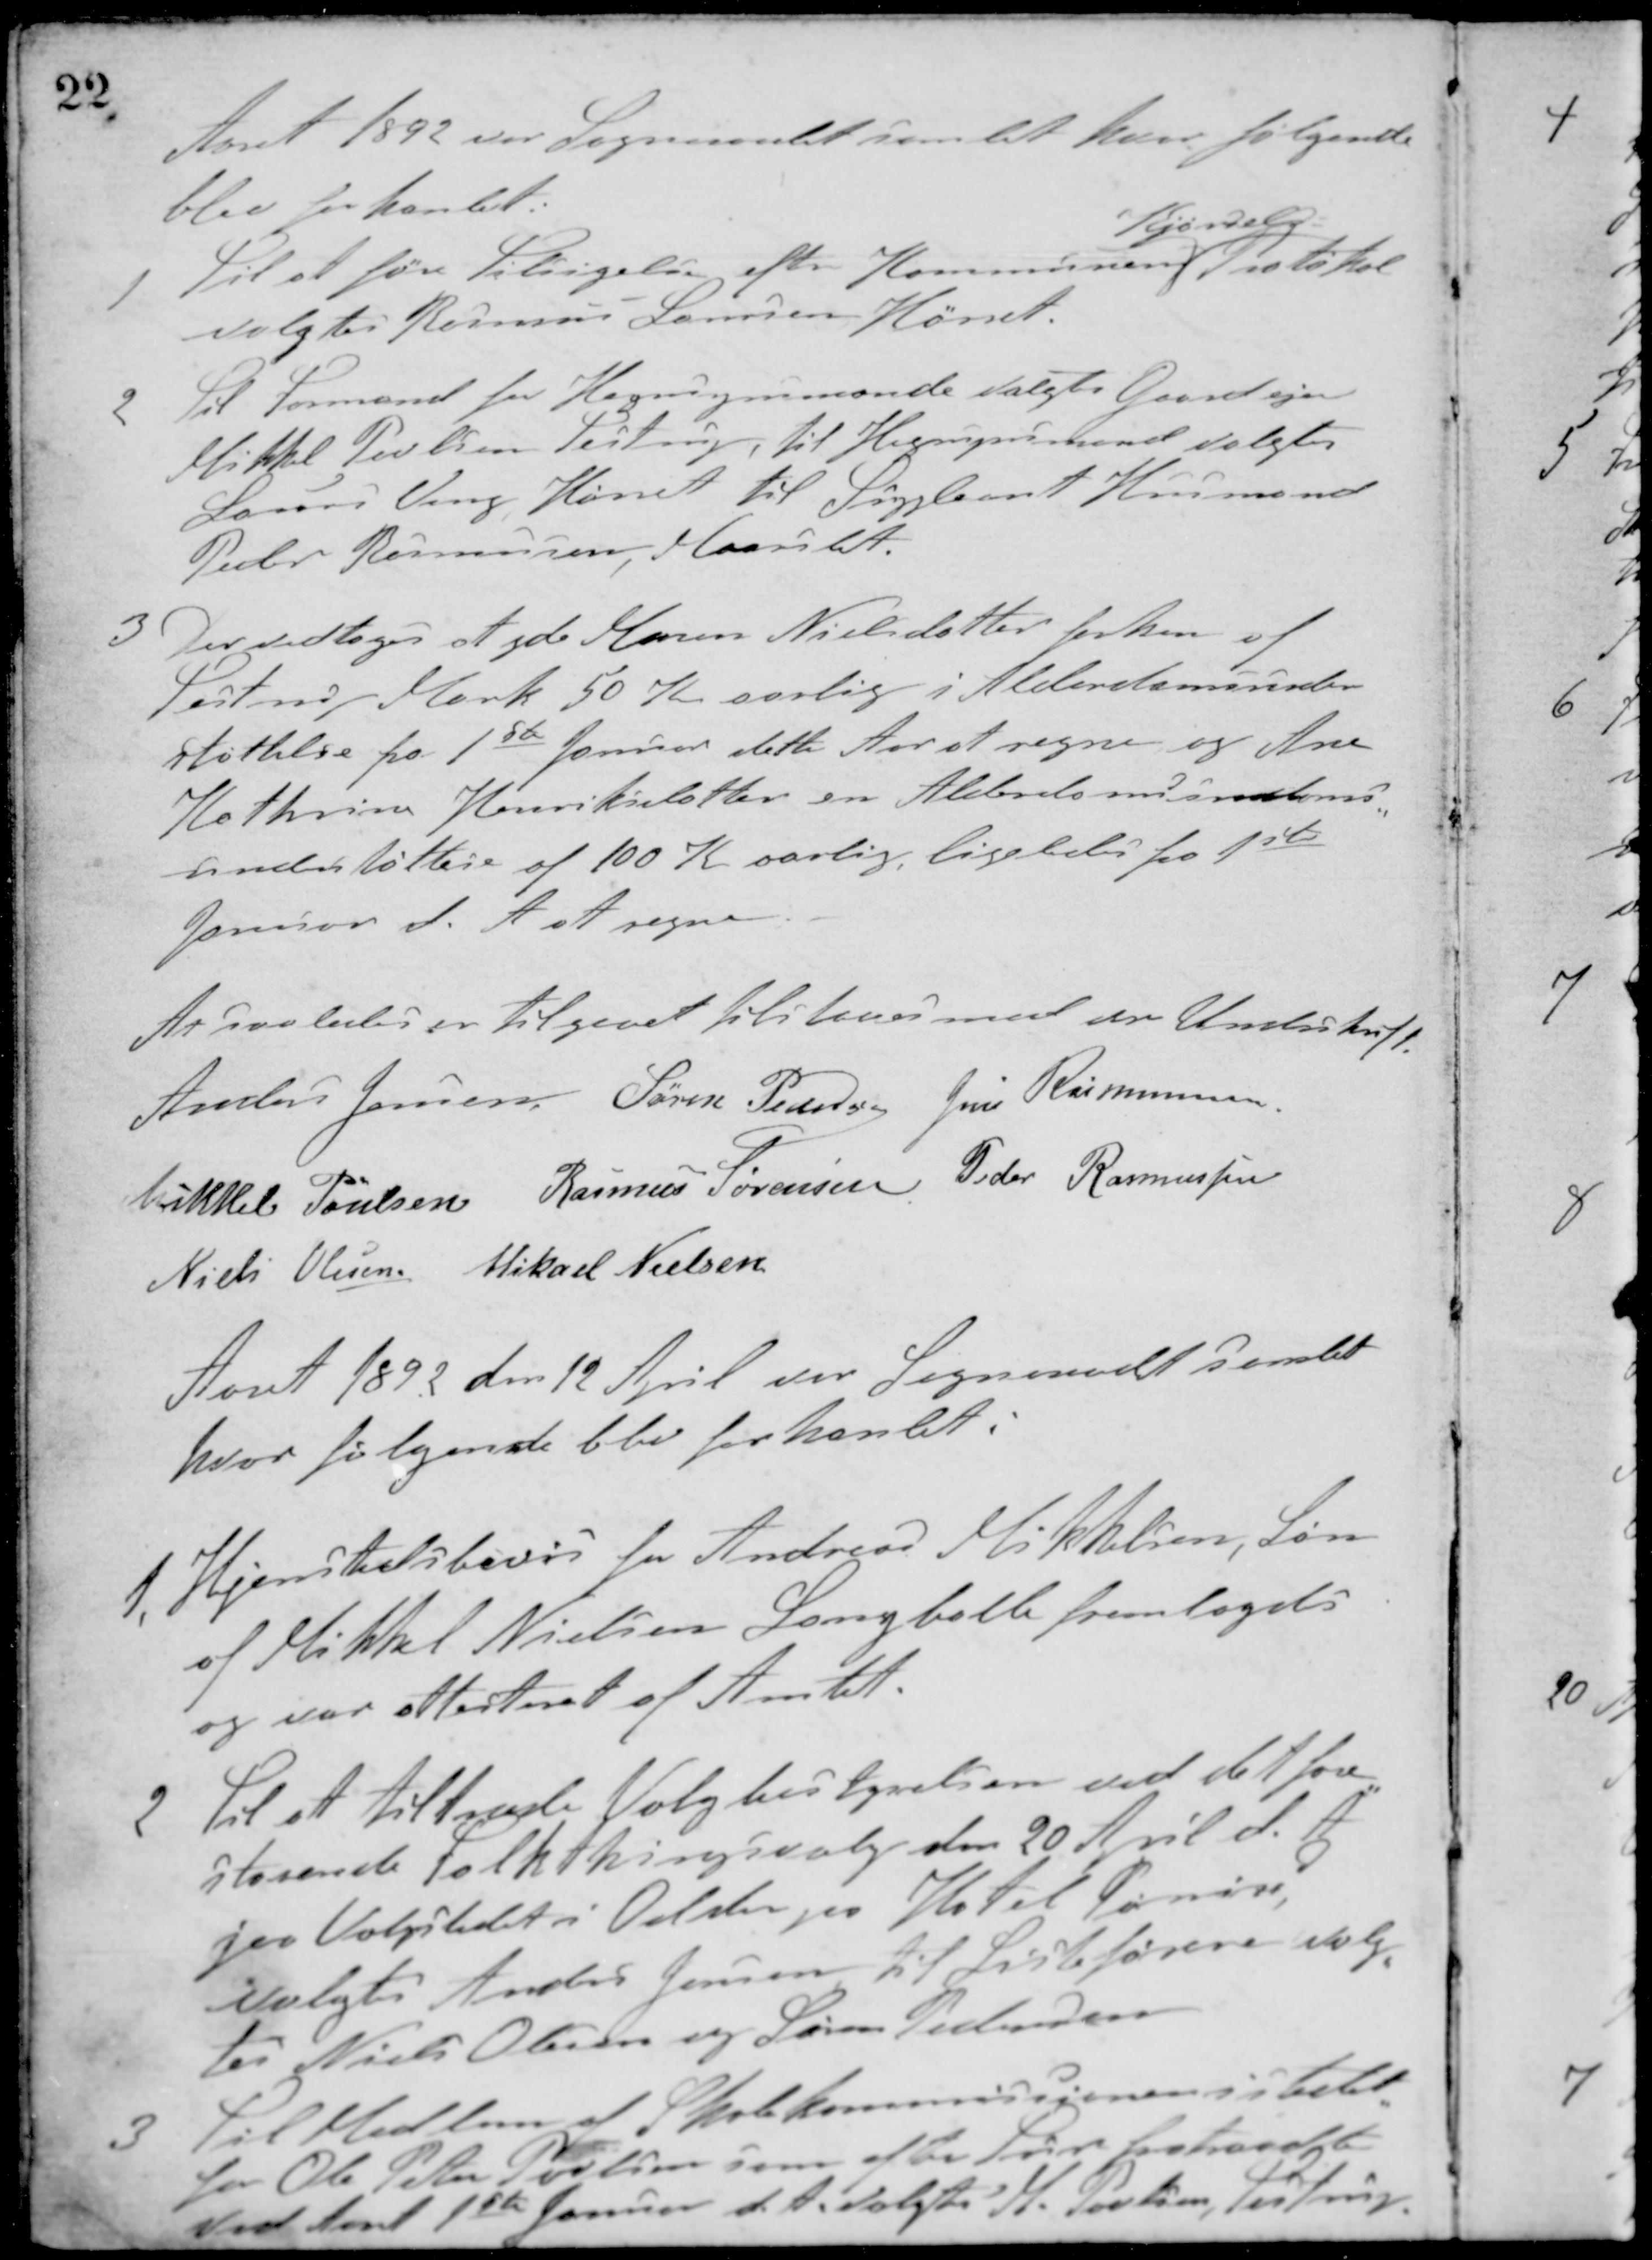
Transskription:
Aaret 1892 var Sogneraadet samlet hvor følgende
blev forhandlet:
1. Til at føre Tilsigelse efter Kommunens
Kjørsels
Protokol
valgtes Rasmus Laursen, Hørret.
2. Til Formand for Hegnsynsmænde valgtes Gaardejer
Mikkel Poulsen Testrup, til Hegnsynsmand valgtes
Laurs Veng, Hørret til Suppleant Husmand
Peder Rasmussen, Maarslet
3 Der vedtoges at yde Maren Nielsdatter forhen af
Testrup Mark 50 K. aarlig i Alderdomsunder-
støttelse fra 1ste Januar dette Aar at regne og Ane
Kathrine Henriksdatter en Alderdomsunder-
støttese af 100 K. aarlig, ligeledes fra 1ste
Januar d. A. at regne.
At saaledes er tilgaaet tilstaaes med vor Underskrift.
Anders Jensen Søren Pedersen Jens Rasmussen
Mikkel Poulsen Rasmus Sørensen Peder Rasmussen
Niels Olesen Mikael Nielsen
Aaret 1893 den 12 April var Sogneraadet samlet
hvor følgende blev forhandlet:
1. Hjemstedsbevis for Andreas Mikkelsen, Søn
af Mikkel Nielsen, Langballe fremlagdes
og var attesteret af Amtet.
2 Til at tiltræde Valgbestyrelsen ved det fore-
staaende Folketingsvalg den 20 April d. A.
paa Valgstedet i Obstru paa Hotel Søren,
valgtes Anders Jensen. Til Listeførere valg-
tes Niels Olesen og Søren Pedersen
3. Til Medlem af Skolekommissionen istedet,
for Ole Peter Poulsen, som efter Sxx fratraadte
ved Aaret 1ste Januar d. A. valgtes M. Poulsen, Testrup.